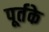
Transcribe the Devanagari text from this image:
पूर्तके